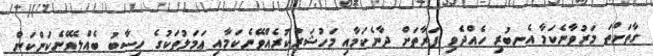
ގާތަށްތަ މަރުވާނެކަމާ އެނބުރި ހެއްދެވި ފަރާތަށް ދާނެކަމާއި މަހުޝަރުކުރެއްވޭނެކަމާއި ޢަމަލުތަކުގެ ހިސާބު ބެއްލެވޭނެކަންކަން